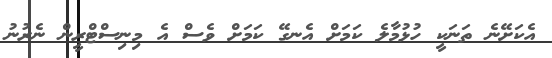
އެކަށޭނެ ތަނަކީ ހުޅުމާލެ ކަމަށް އެނގޭ ކަމަށް ވެސް އެ މިނިސްޓްރީން ނެރުނު